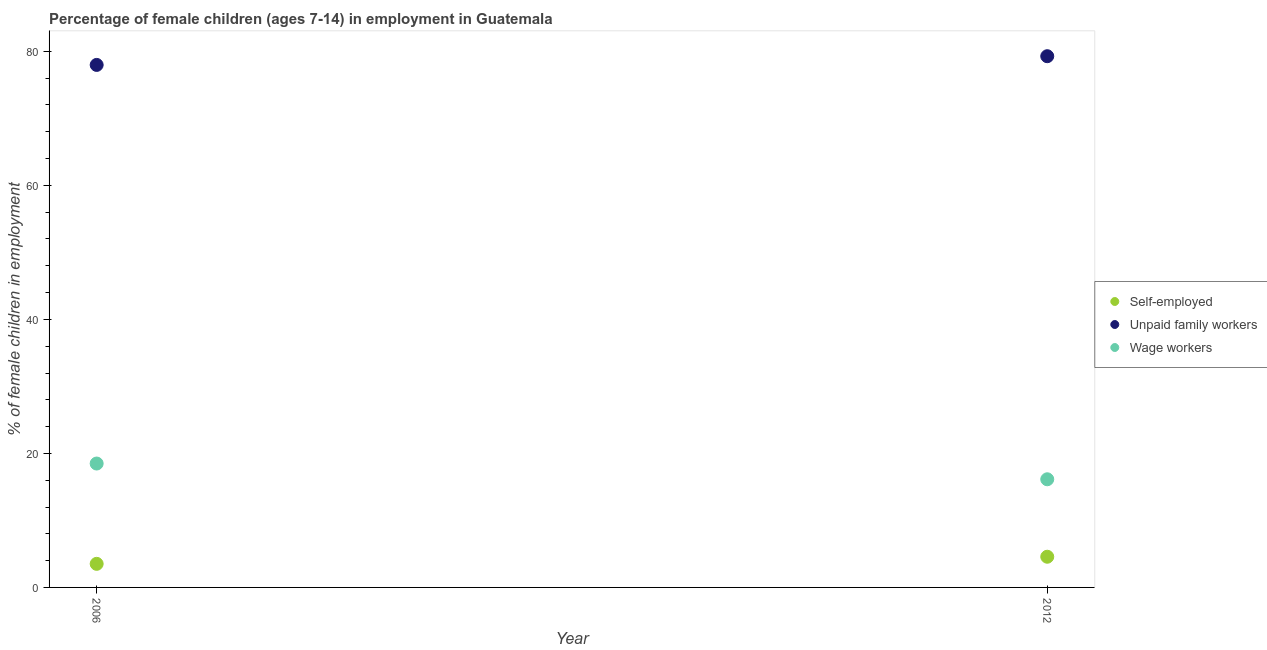
| Year | Self-employed | Unpaid family workers | Wage workers |
 | --- | --- | --- | --- |
 | 2006 | 3.52 | 78 | 18.5 |
 | 2012 | 4.58 | 79.3 | 16.1 |